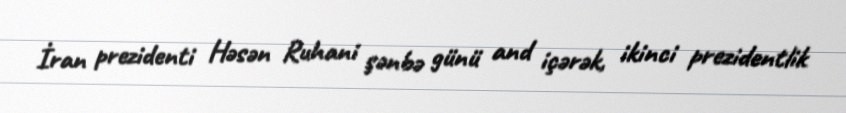
İran prezidenti Həsən Ruhani şənbə günü and içərək, ikinci prezidentlik